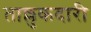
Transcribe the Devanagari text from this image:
ताल्लुकदारी